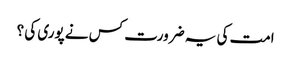
امت کی یہ ضرورت کس نے پوری کی ؟